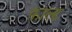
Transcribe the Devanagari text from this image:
फ़ाल्ट